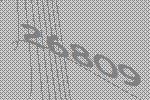
26809